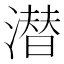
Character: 潜